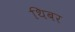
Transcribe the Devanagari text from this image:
थिबर